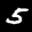
Digit: 5